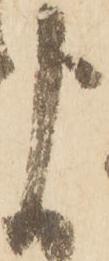
よ